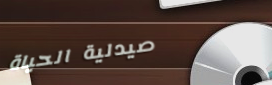
صيدلية الحياة